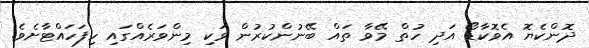
ދޮންކެޔޮ އެވޮކާޑޯ އަދި ހުތް މޭވާ ތައް ބޭނުންކުރުން ވަކި މިންވަރެއްގައި ހިފަހައްޓާށެވެ.